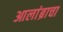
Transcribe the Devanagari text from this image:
आलांब्राचा